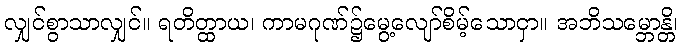
လျှင်စွာသာလျှင်။ ရတိတ္ထာယ၊ ကာမဂုဏ်၌မွေ့လျော်စိမ့်သောငှာ။ အဘိသမ္ဘောန္တိ၊